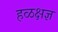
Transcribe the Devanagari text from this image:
हळक्षज्ञ